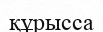
құрысса